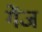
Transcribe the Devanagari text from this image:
गेंज